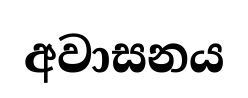
අවාසනය